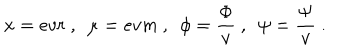
x = e v r \ , \ \ \mu = e v m \ , \ \ \phi = \frac { \Phi } { v } \ , \ \ \psi = \frac { \Psi } { v } \ .